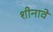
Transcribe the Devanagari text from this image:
शीनावे